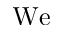
\mathrm { W e }